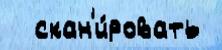
  скан'и́ровать